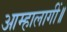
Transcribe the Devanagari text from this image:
आम्हालागीं॥